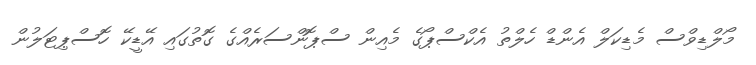
މޯލްޑިވްސް މެޑިކަލް އެންޑް ހެލްތު އެކްސްޕޯގެ މެއިން ސްޕޮންސަރެއްގެ ގޮތުގައި އޭޑީކޭ ހޮސްޕިޓަލުން